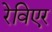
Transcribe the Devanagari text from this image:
रेविएर